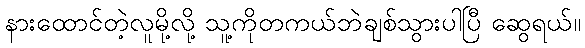
နားထောင်တဲ့လူမို့လို့ သူ့ကိုတကယ်ဘဲချစ်သွားပါပြီ ဆွေရယ်။